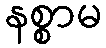
နစ္စာမ